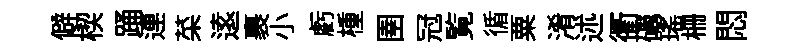
僻楔踊連菜逺裹小虧㮔圉冠覧循粟淆述衢礪瑶栅悶